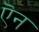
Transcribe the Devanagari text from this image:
ऎन